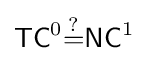
{\mathsf {TC}}^{0}{\overset {?}{=}}{\mathsf {NC}}^{1}